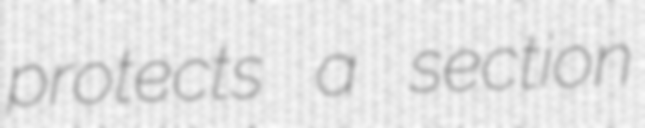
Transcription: protects a section